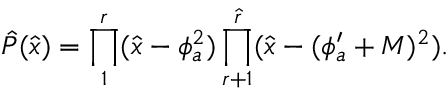
\hat { P } ( \hat { x } ) = \prod _ { 1 } ^ { r } ( \hat { x } - \phi _ { a } ^ { 2 } ) \prod _ { r + 1 } ^ { \hat { r } } ( \hat { x } - ( \phi _ { a } ^ { \prime } + M ) ^ { 2 } ) .